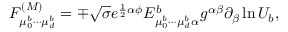
F _ { \mu _ { 0 } ^ { b } \cdots \mu _ { d } ^ { b } } ^ { ( \cal M ) } = \mp \sqrt { \sigma } e ^ { \frac { 1 } { 2 } \alpha \phi } E _ { \mu _ { 0 } ^ { b } \cdots \mu _ { d } ^ { b } \alpha } ^ { b } g ^ { \alpha \beta } \partial _ { \beta } \ln U _ { b } ,